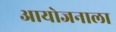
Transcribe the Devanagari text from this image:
आयोजनाला